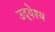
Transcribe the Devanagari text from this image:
उद्‍येश्य